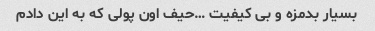
بسیار بدمزه و بی کیفیت …حیف اون پولی که به این دادم